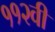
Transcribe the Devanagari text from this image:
११२वी